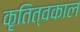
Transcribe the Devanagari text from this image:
कृतित्वकाल